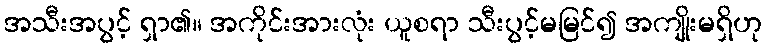
အသီးအပွင့် ရှာ၏။ အကိုင်းအားလုံး ယူစရာ သီးပွင့်မမြင်၍ အကျိုးမရှိဟု